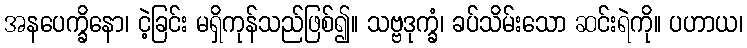
အနပေက္ခိနော၊ ငဲ့ခြင်း မရှိကုန်သည်ဖြစ်၍။ သဗ္ဗဒုက္ခံ၊ ခပ်သိမ်းသော ဆင်းရဲကို။ ပဟာယ၊